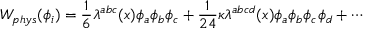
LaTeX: W _ { p h y s } ( \phi _ { i } ) = \frac { 1 } { 6 } \lambda ^ { a b c } ( x ) \phi _ { a } \phi _ { b } \phi _ { c } + \frac { 1 } { 2 4 } \kappa \lambda ^ { a b c d } ( x ) \phi _ { a } \phi _ { b } \phi _ { c } \phi _ { d } + \cdots